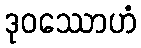
ဒုဝဿောဟံ